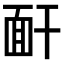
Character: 𩈅